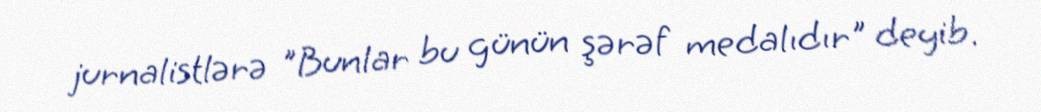
jurnalistlərə "Bunlar bu günün şərəf medalıdır" deyib.